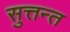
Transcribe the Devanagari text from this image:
सुत्तन्त